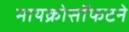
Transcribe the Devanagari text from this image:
मायक्रोसॉफटने